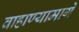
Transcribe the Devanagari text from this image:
वाहाण्यामागे